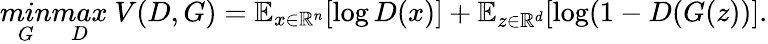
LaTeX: \mathop{min}_{G}\mathop{max}_{D}~V(D,G)=\mathbb{E}_{x\in\mathbb{R}^{n}}[\log D(x)]+\mathbb{E}_{z\in\mathbb{R}^{d}}[\log(1-D(G(z))].